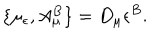
LaTeX: \{ \mu _ { \epsilon } , A _ { \mu } ^ { B } \} = D _ { \mu } \epsilon ^ { B } .